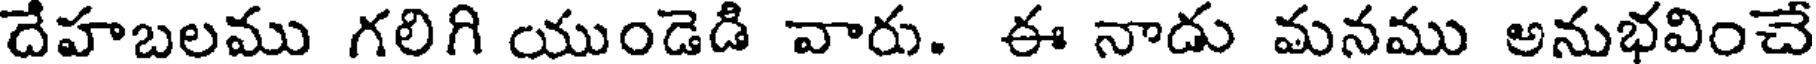
దేహబలము గలిగి యుండెడి వారు. ఈ నాడు మనము అనుభవించే